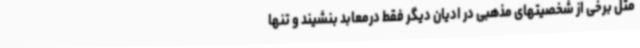
مثل برخی از شخصیتهای مذهبی در ادیان دیگر فقط درمعابد بنشیند و تنها